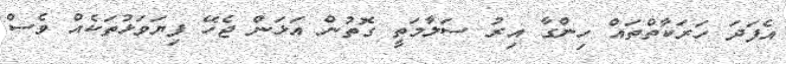
އެފަދަ ހަރަކާތްތައް ހިންގާ އިރު ސަލާމަތީ ގޮތުން އަޅަން ޖެހޭ ފިޔަވަޅުތަކެއް ވެސް